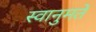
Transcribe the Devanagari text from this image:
स्वानुमते